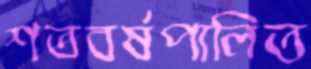
শতবর্ষপালিত